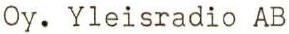
Oy. Yleisradio AB